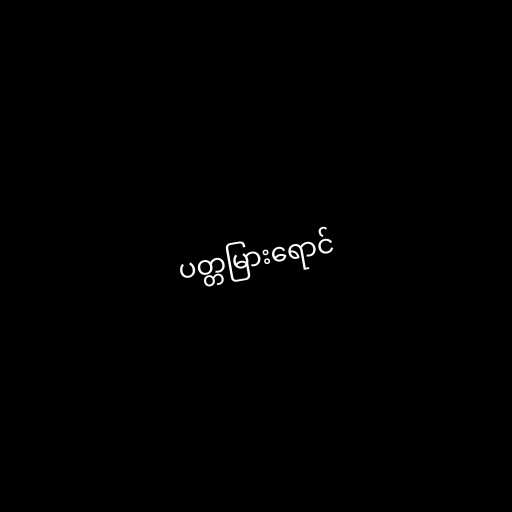
ပတ္တမြားရောင်